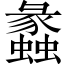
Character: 蠡